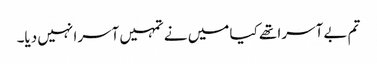
تم بے آسرا تھے کیا میں نے تمہیں آسرا نہیں دیا۔